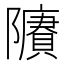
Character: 𨽔